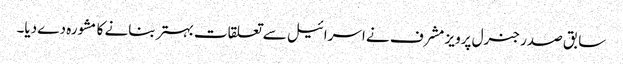
سابق صدر جنرل پرویز مشرف نے اسرائیل سے تعلقات بہتر بنانے کا مشورہ دے دیا۔